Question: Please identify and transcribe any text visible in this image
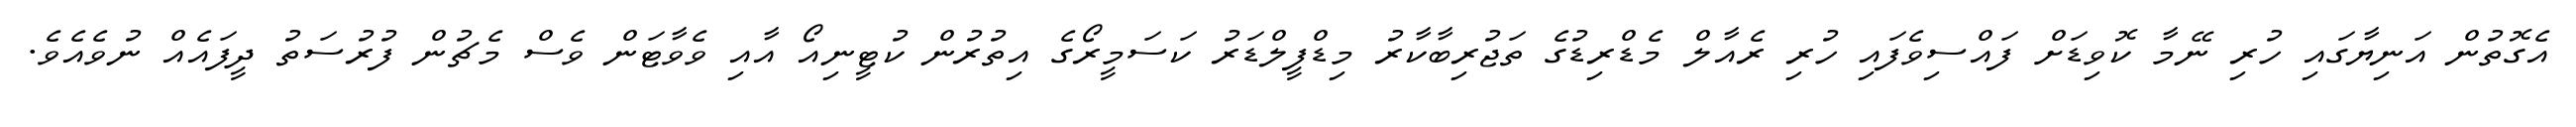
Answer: އެގޮތުން އަނިޔާގައި ހުރި ނޭމާ ކޮވިޑަށް ފައްސިވެފައި ހުރި ރެއާލް މެޑްރިޑުގެ ތަޖުރިބާކާރު މިޑްފީލްޑަރު ކަސަމީރޯގެ އިތުރުން ކުޓީނިއޯ އާއި ވެވާޓަން ވެސް މެޗުން ފުރުސަތު ދީފައެއް ނުވެއެވެ.